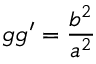
g g ^ { \prime } = { \frac { b ^ { 2 } } { a ^ { 2 } } }